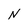
Character: N